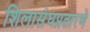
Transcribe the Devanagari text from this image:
शिलासंघप्रतारणे